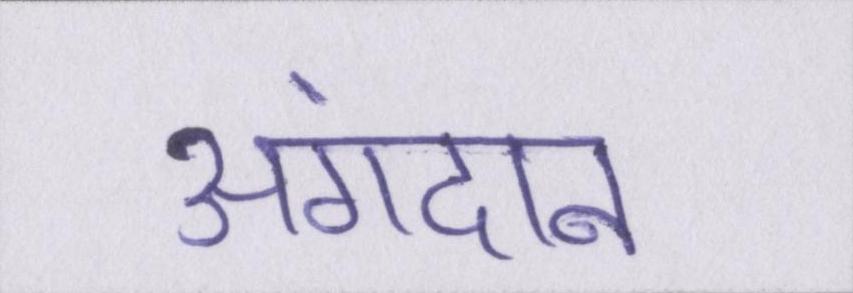
अंगदान